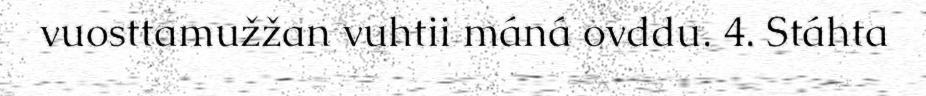
vuosttamužžan vuhtii máná ovddu. 4. Stáhta